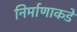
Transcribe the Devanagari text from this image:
निर्माणाकडे